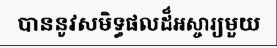
បាននូវសមិទ្ធផលដ៏អស្ចារ្យមួយ